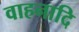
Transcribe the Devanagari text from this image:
वाहनादि